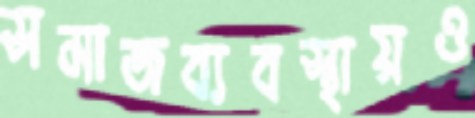
সমাজব্যবস্থায়ও